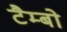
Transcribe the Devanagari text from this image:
टैम्बो